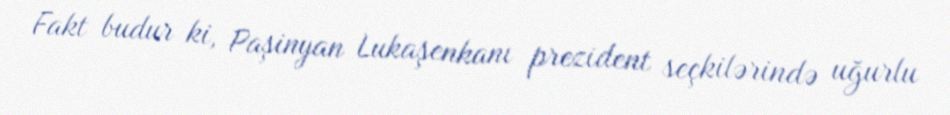
Fakt budur ki, Paşinyan Lukaşenkanı prezident seçkilərində uğurlu